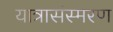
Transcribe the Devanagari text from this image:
यात्रासंस्मरण